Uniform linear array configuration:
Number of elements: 16
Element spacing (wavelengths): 0.5
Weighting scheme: exponential
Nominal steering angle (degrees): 60
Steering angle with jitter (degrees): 58.409
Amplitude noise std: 0.05
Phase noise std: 0.05

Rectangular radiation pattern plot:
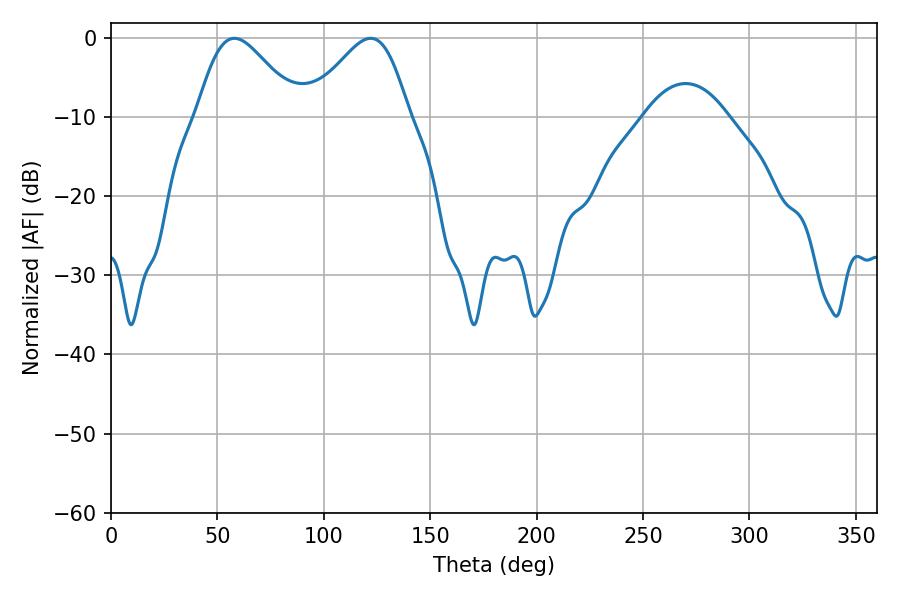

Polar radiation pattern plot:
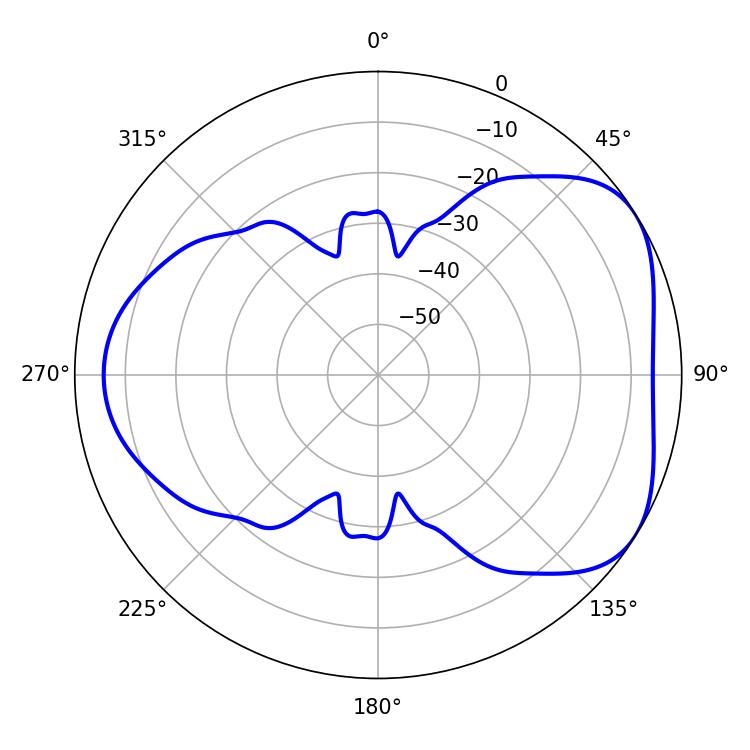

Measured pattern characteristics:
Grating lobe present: FALSE
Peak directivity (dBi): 4.631
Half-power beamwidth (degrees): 25.02
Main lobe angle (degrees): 57.96